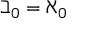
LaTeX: \beth _ { 0 } = \aleph _ { 0 }